Subject: cs
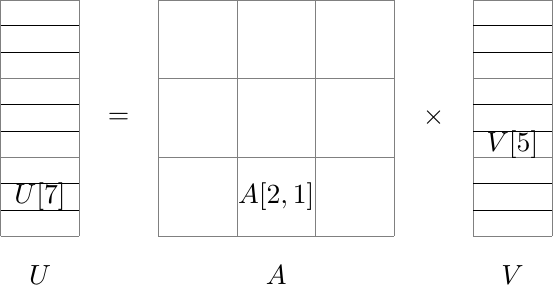
LaTeX code:
\begin{tikzpicture}
  \node at (0.5,-0.5) {$U$};
  \node at (3.5,-0.5) {$A$};
  \node at (6.5,-0.5) {$V$};
  \node at (1.5,1.5) {=};
  \node at (5.5,1.5) {$\times$};
  \draw[help lines] (0,0) grid (1, 3);
  \draw (0,0.33) -- (1,0.33);
  \draw (0,0.67) -- (1,0.67);
  \draw (0,1.33) -- (1,1.33);
  \draw (0,1.67) -- (1,1.67);
  \draw (0,2.33) -- (1,2.33);
  \draw (0,2.67) -- (1,2.67);
  \node at (0.5, 0.5) {$U[7]$};

  \draw[help lines] (2,0) grid (5,3);
  \node at (3.5,0.5) {$A[2,1]$};

  \draw[help lines] (6,0) grid (7, 3);
  \draw (6,0.33) -- (7,0.33);
  \draw (6,0.67) -- (7,0.67);
  \draw (6,1.33) -- (7,1.33);
  \draw (6,1.67) -- (7,1.67);
  \draw (6,2.33) -- (7,2.33);
  \draw (6,2.67) -- (7,2.67);
  \node at (6.5, 1.166) {$V[5]$};
\end{tikzpicture}